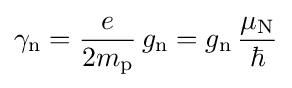
\gamma _{\text{n}}={\frac {e}{2m_{\text{p}}}}\,g_{\text{n}}=g_{\text{n}}\,{\frac {\mu _{\text{N}}}{\hbar }}